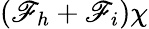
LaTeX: (\mathscr{F}_{h}+\mathscr{F}_{i})\chi